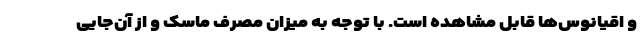
و اقیانوس‌ها قابل مشاهده است. با توجه به میزان مصرف ماسک و از آن‌جایی